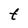
Character: t